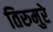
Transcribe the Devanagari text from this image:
तिरुमुरे